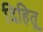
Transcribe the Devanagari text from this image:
दिहितू